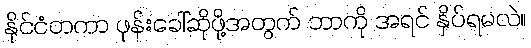
နိုင်ငံတကာ ဖုန်းခေါ်ဆိုဖို့အတွက် ဘာကို အရင် နှိပ်ရမလဲ။